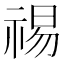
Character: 𫀒